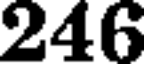
246